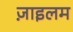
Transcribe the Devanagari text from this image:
ज़ाइलम